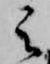
之